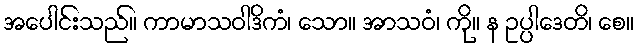
အပေါင်းသည်။ ကာမာသဝါဒိကံ၊ သော။ အာသဝံ၊ ကို။ န ဥပ္ပါဒေတိ၊ စေ။